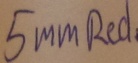
Text: 5mmRed